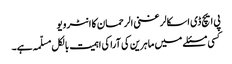
پی ایچ ڈی اسکالر غنی الرحمان کا انٹرویو
کسی مسئلے میں ماہرین کی آرا کی اہمیت بالکل مسلّمہ ہے۔